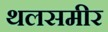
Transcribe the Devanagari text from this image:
थलसमीर